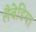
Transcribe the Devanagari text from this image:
लैबेडिया